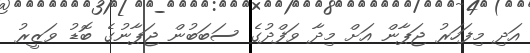
އަދި މިފަހަރު ޖަޕާން އަށް މިދާ ވަފްދުގެ ސަބަބުން ޖަޕާނުގެ ބޮޑު ވަޒީރު